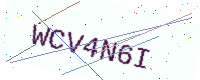
Text: WCV4N6I